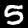
Label: 5